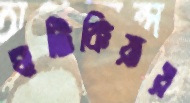
ঘাটিকিয়ায়